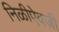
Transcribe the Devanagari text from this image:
निळीऐवजी